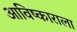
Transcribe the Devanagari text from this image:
आविष्काराला